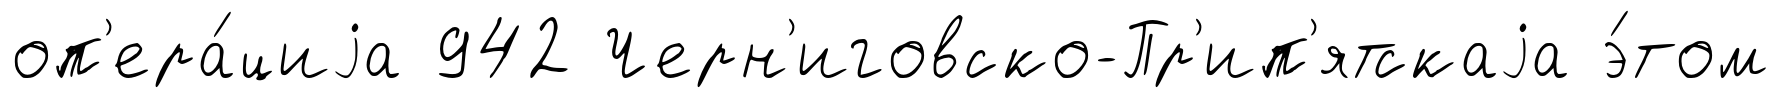
оп'ера́циjа 942 Черн'иговско-Пр'ип'ятскаjа э́том